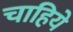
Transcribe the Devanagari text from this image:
चाहिये